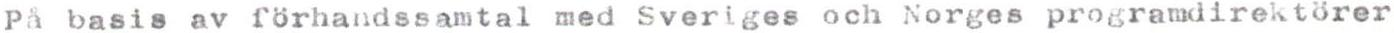
På basis av förhandssamtal med Sveriges och Norges programdirektörer